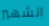
الشهير